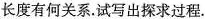
长度有何关系.试写出探求过程.